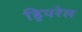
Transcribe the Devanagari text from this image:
ड्रिपरेल